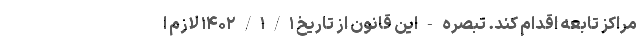
مراکز تابعه اقدام کند. تبصره - این قانون از تاریخ ۱۴۰۲/۱/۱ لازم ا